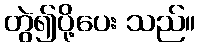
တွဲ၍ပို့ပေး သည်။